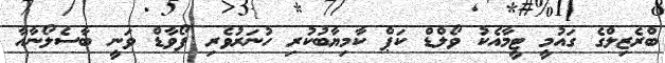
ބްރެޒިލްގެ ގައުމީ ޓީމާއެކު ވޯލްޑް ކަޕް ކާމިޔާބުކުރި ހުނަރުވެރި ފޯވާޑް ވަނީ ބާސެލޯނާއާ